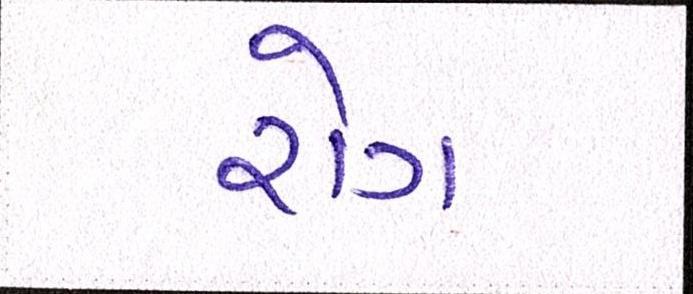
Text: રોગ